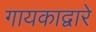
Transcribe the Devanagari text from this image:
गायकाद्वारे